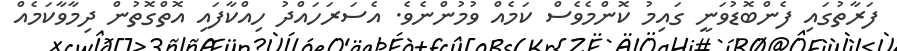
ފަރާތުގައި ފެންބޮޑުވަނީ ގައިމު ކޮންމެެވެސް ކަމެއް ވުމުންނެވެ. އެސަރަހައްދު ހިއްކާފައި އޮތްގޮތުން ދިމާވާކަމެއް